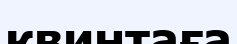
квинтаға